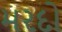
મરદો